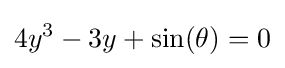
4y^{3}-3y+\sin(\theta )=0